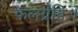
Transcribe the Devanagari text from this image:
फलग्रहिः।